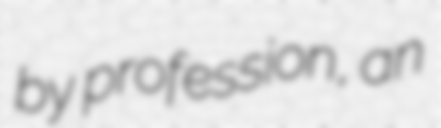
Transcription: by profession, an